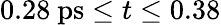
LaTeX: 0.28~\mathrm{ps}\leq t\leq 0.38